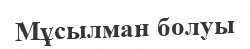
Мұсылман болуы